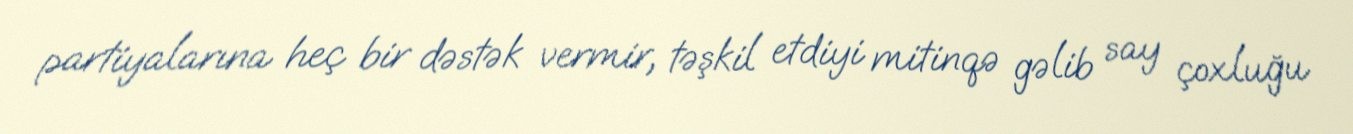
partiyalarına heç bir dəstək vermir, təşkil etdiyi mitinqə gəlib say çoxluğu